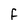
Character: F